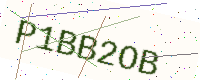
Text: P1BB2OB